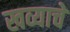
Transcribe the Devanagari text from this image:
खव्याचे